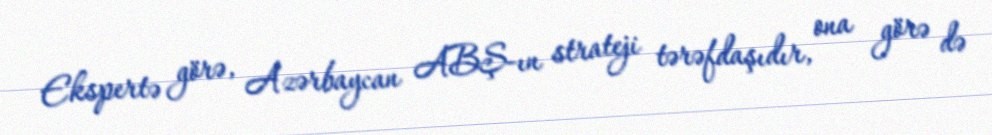
Ekspertə görə, Azərbaycan ABŞ-ın strateji tərəfdaşıdır, ona görə də